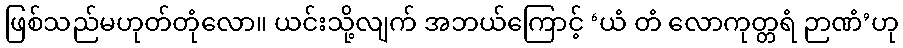
ဖြစ်သည်မဟုတ်တုံလော။ ယင်းသို့လျက် အဘယ်ကြောင့် ‘ယံ တံ လောကုတ္တရံ ဉာဏံ’ဟု